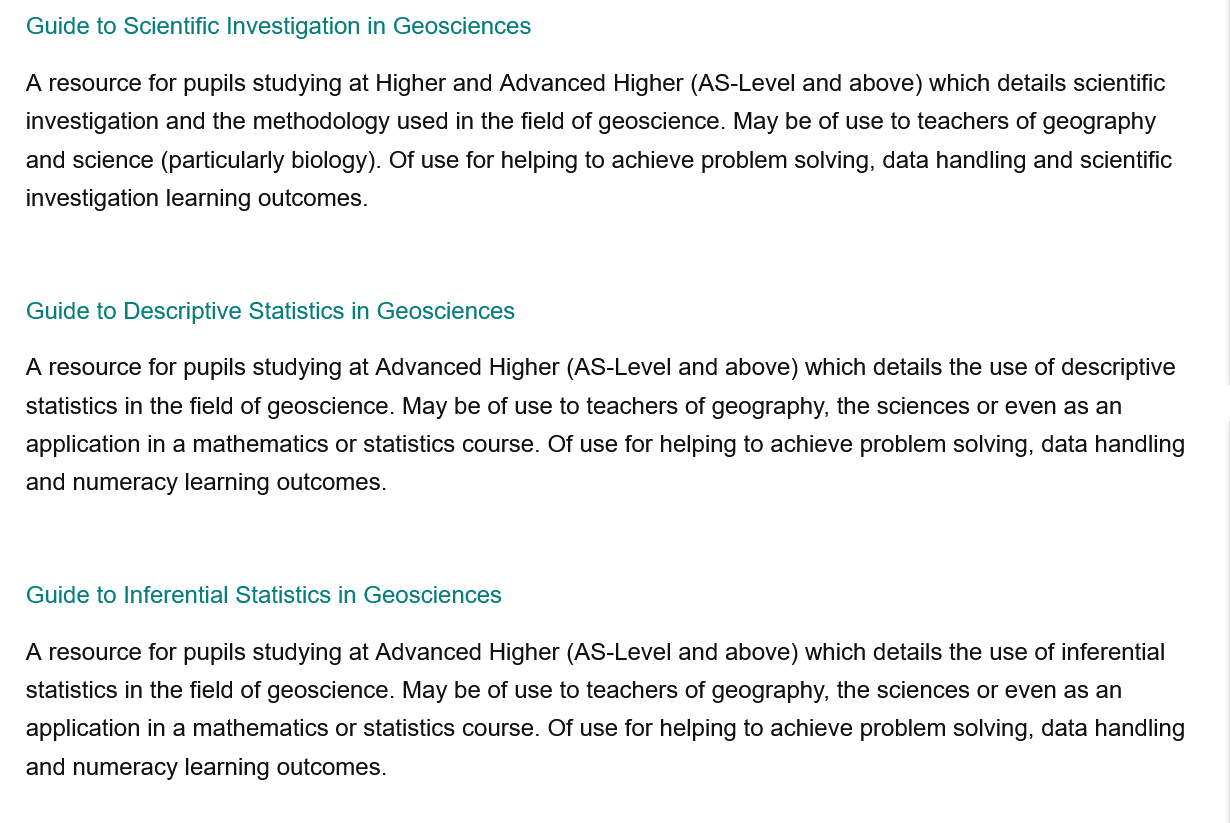
Guide to Scientific Investigation in Geosciences
   A resource for pupils studying at Advanced Higher (AS-Level and above) which details the use of descriptive
   statistics in the field of geoscience. May be of use to teachers of geography, the sciences or even as an
   application in a mathematics or statistics course. Of use for helping to achieve problem solving, data handling
   and numeracy learning outcomes.
   A resource for pupils studying at Advanced Higher (AS-Level and above) which details the use of inferential
   statistics in the field of geoscience. May be of use to teachers of geography, the sciences or even as an
   application in a mathematics or statistics course. Of use for helping to achieve problem solving, data handling
   and numeracy learning outcomes.
   Guide to Descriptive Statistics in Geosciences
   Guide to Inferential Statistics in Geosciences
   A resource for pupils studying at Higher and Advanced Higher (AS-Level and above) which details scientific
   investigation and the methodology used in the field of geoscience. May be of use to teachers of geography
   and science (particularly biology). Of use for helping to achieve problem solving, data handling and scientific
   investigation learning outcomes.